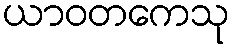
ယာဝတကေသု